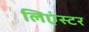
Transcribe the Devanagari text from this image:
लिएंस्टर